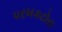
પરખકટૉરા